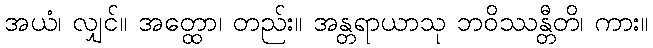
အယံ၊ လျှင်။ အတ္ထော၊ တည်း။ အန္တရာယာသု ဘဝိဿန္တီတိ၊ ကား။